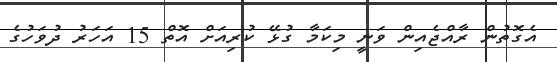
އެގޮތުން ރާއްޖެއިން ވަނީ މިކަމާ ގުޅޭ ކުރިއަށް އޮތް 15 އަހަރު ދުވަހުގެ